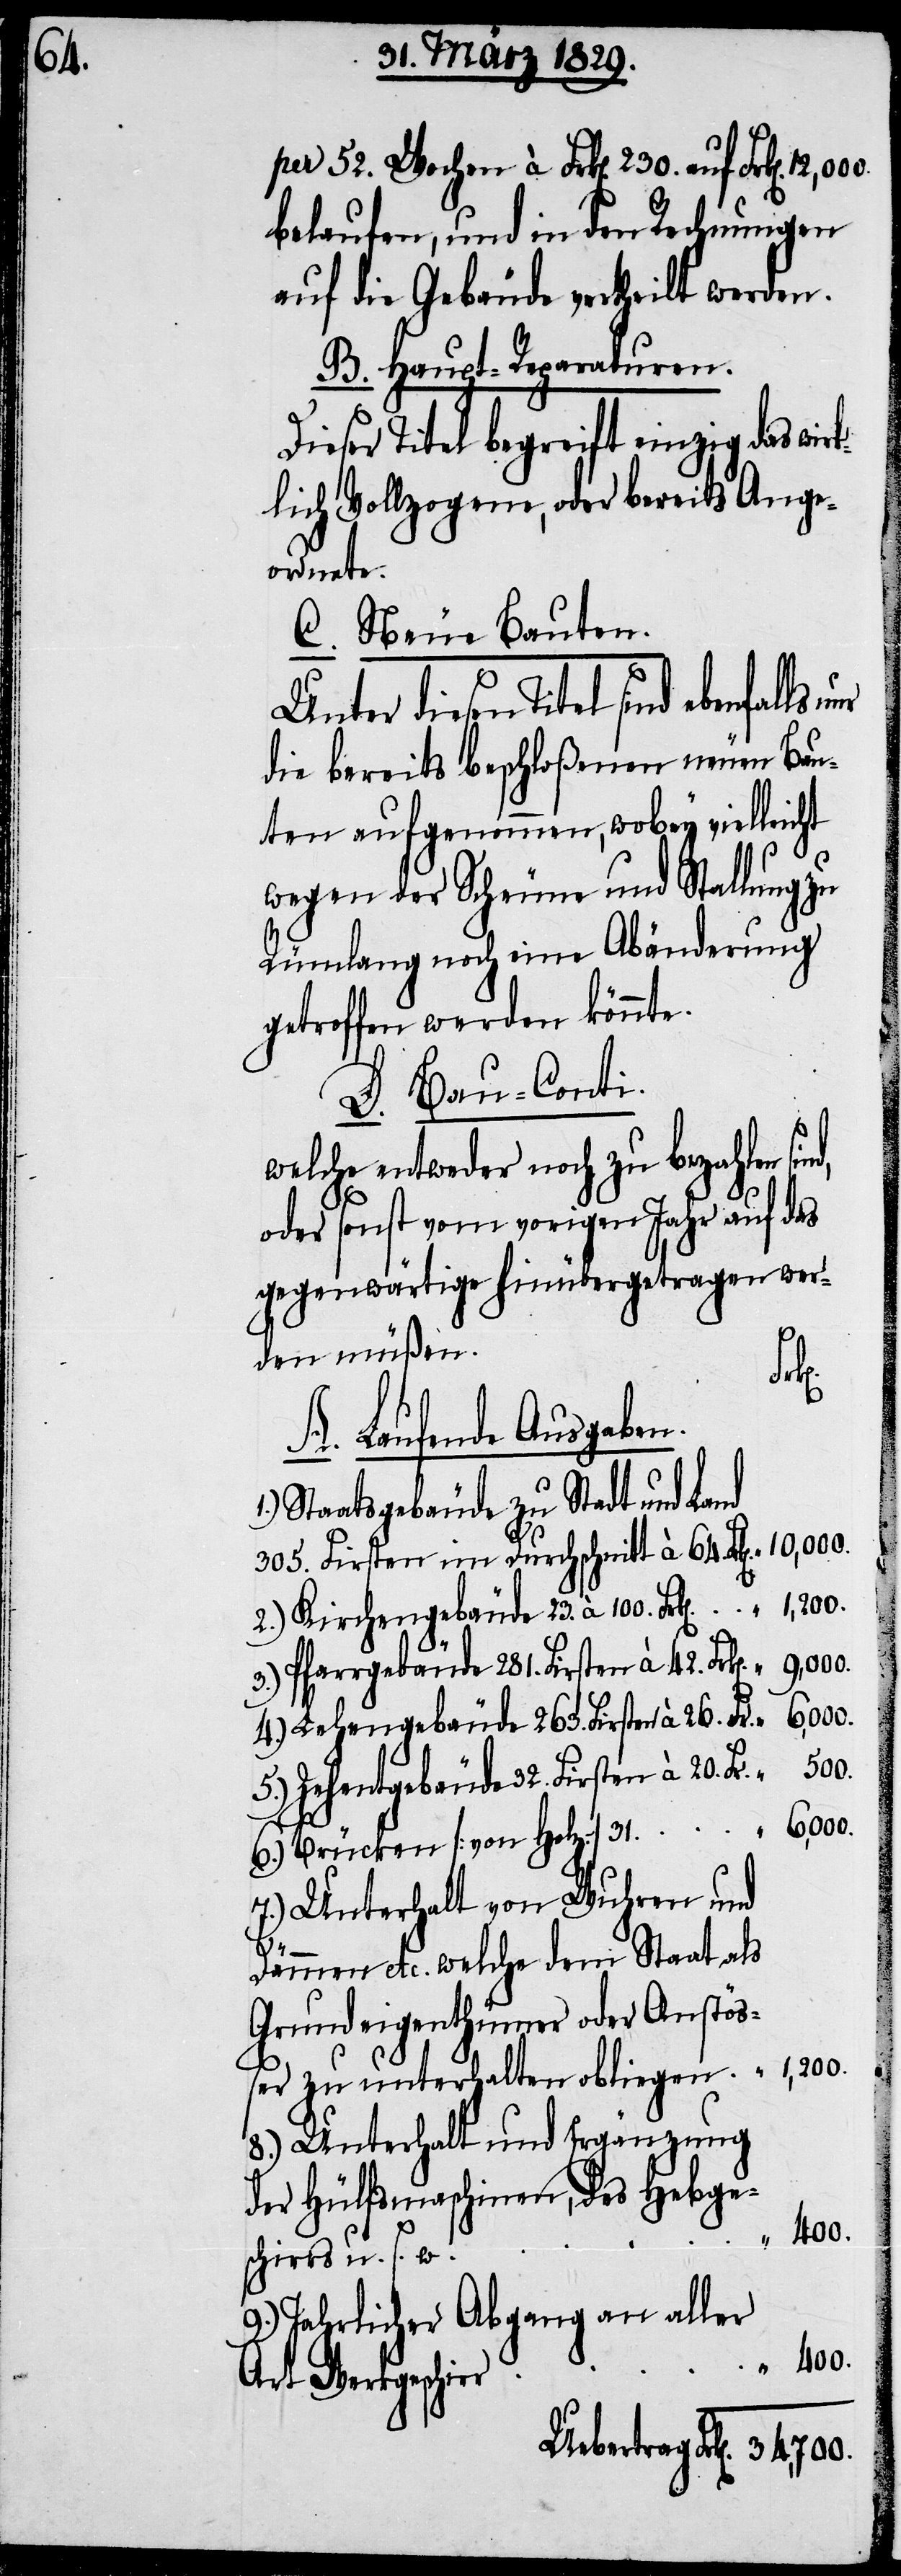
per 52. Wochen à Frk[en]. 230. auf Frk[en].
belaufen, und in den Rechnungen
auf die Gebäude vertheilt werden.
B. Haupt-Reparaturen.
Dieser Titel begreift einzig das wirk¬
lich Vollzogene, oder bereits Ange¬
ordnete.
C. Neue Bauten.
Unter diesen Titel sind ebenfalls
die bereits beschloßenen neuen Bau¬
ten aufgenommen, wobey vielleicht
wegen der Scheune und Stallung zu
Rümlang noch eine Abänderung
getroffen werden könnte.
D. Bau-Conti.
welche entweder noch zu bezahlen
oder sonst vom vorigen Jahr auf das
gegenwärtige hinübergetragen wer¬
den müßen.
A. Laufende Ausgaben
Staatsgebäude zu Stadt und Land
305. Firsten im Durchschnitt à 64. Frk[en].
2.) Kirchengebäude 23. à 100. Frk[en].
3.) Pfarrgebäude 281. Firsten à 42. Frk[en].
400.
5.) Zehentgebäude 32. Firsten à 20. Fr.
500.
1,200.
r
6.) Brücken [von Holz] 31.
7.) Unterhalt von Wuhren und
Dämmen etc. welche dem Staat als
Grundeigenthümer oder Anstöß¬
er zu unterhalten obliegen
8.) Unterhalt und Ergänzung
der Hülfsmaschinen, des Hebge¬
schirrs u. s. w.
9.) Jahrlicher Abgang an aller
Art Werkgeschir¬